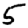
Digit: 5